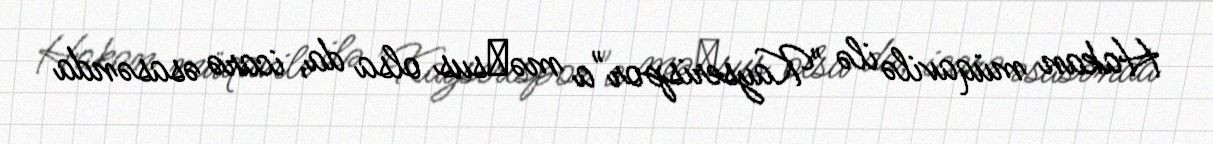
Hakan müqavilə ilə "Kayserispor"a məхsus olsa da, icarə əsasənda